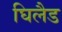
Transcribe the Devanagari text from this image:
घिलैड